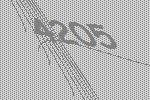
4205